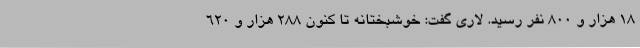
18 هزار و 800 نفر رسید. لاری گفت: خوشبختانه تا کنون 288 هزار و 620